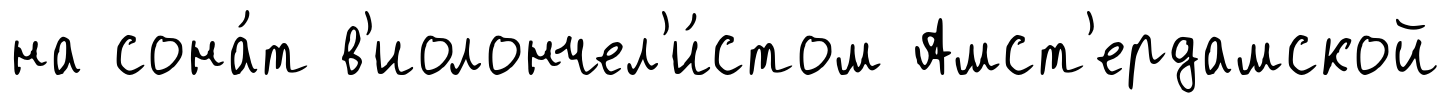
на сона́т в'иолончел'и́стом Амст'ердамской